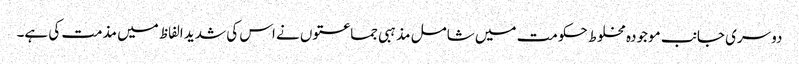
دوسری جانب موجودہ مخلوط حکومت میں شامل مذہبی جماعتوں نے اس کی شدید الفاظ میں مذمت کی ہے۔